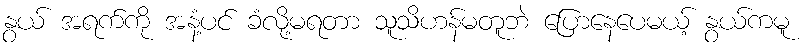
နွယ် အရက်ကို အနံ့ပင် ခံလို့မရတာ သူသိဟန်မတူဘဲ ပြောနေပေမယ့် နွယ်ကမူ